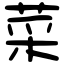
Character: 菜